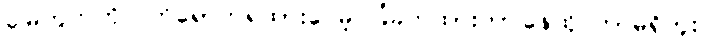
မြေကွက်ကိုလက်ရောက်ရထားပေမဲ့ ခြံခတ်ထားတာ၊နေထိုင်တာမရှိဘူး။